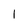
Character: 1